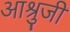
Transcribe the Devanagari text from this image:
आश्रुजी